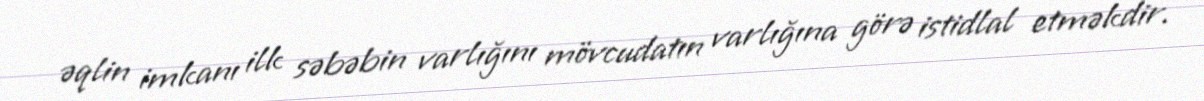
əqlin imkanı ilk səbəbin varlığını mövcudatın varlığına görə istidlal etməkdir.